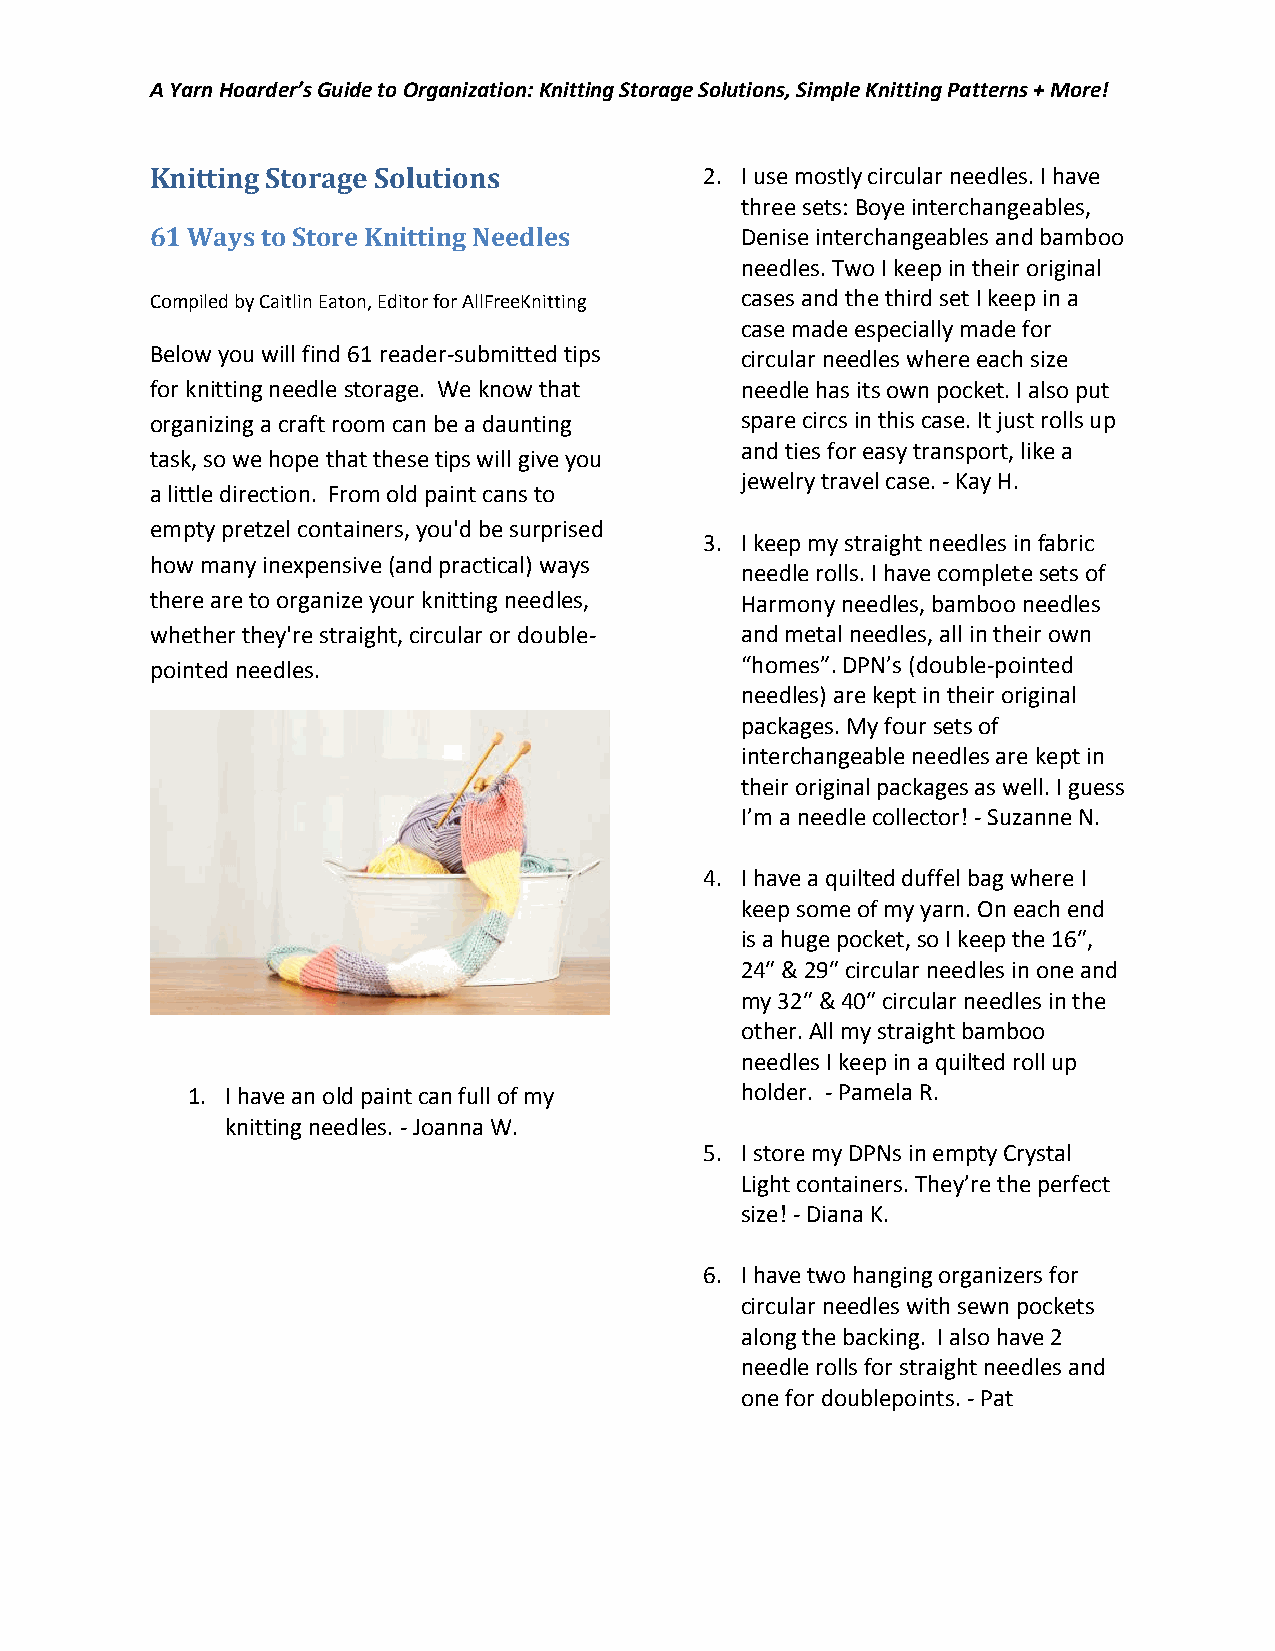
A Yarn Hoarder’s Guide to Organization: Knitting Storage Solutions, Simple Knitting Patterns + More!
 Knitting Storage Solutions           2. I use mostly circular needles. I have
 three sets: Boye interchangeables,
 61 Ways to Store Knitting Needles      Denise interchangeables and bamboo
 needles. Two I keep in their original
 Compiled by Caitlin Eaton, Editor for AllFreeKnitting cases and the third set I keep in a
 case made especially made for
 Below you will find 61 reader-submitted tips circular needles where each size
 for knitting needle storage. We know that needle has its own pocket. I also put
 organizing a craft room can be a daunting spare circs in this case. It just rolls up
 and ties for easy transport, like a
 task, so we hope that these tips will give you
 jewelry travel case. - Kay H.
 a little direction. From old paint cans to
 empty pretzel containers, you'd be surprised
 3. I keep my straight needles in fabric
 how many inexpensive (and practical) ways
 needle rolls. I have complete sets of
 there are to organize your knitting needles, Harmony needles, bamboo needles
 whether they're straight, circular or double- and metal needles, all in their own
 pointed needles.                       “homes”. DPN’s (double-pointed
 needles) are kept in their original
 packages. My four sets of
 interchangeable needles are kept in
 their original packages as well. I guess
 I’m a needle collector! - Suzanne N.
 4. I have a quilted duffel bag where I
 keep some of my yarn. On each end
 is a huge pocket, so I keep the 16″,
 24″ & 29″ circular needles in one and
 my 32″ & 40″ circular needles in the
 other. All my straight bamboo
 needles I keep in a quilted roll up
 1. I have an old paint can full of my holder. - Pamela R.
 knitting needles. - Joanna W.
 5. I store my DPNs in empty Crystal
 Light containers. They’re the perfect
 size! - Diana K.
 6. I have two hanging organizers for
 circular needles with sewn pockets
 along the backing. I also have 2
 needle rolls for straight needles and
 one for doublepoints. - Pat